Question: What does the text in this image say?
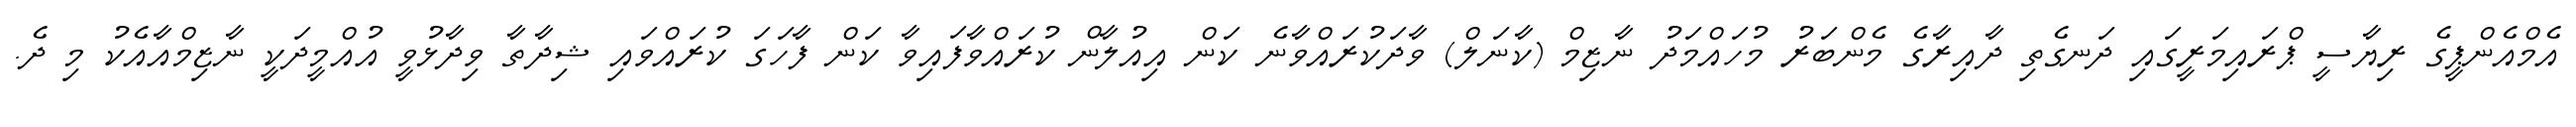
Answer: އެމްއެންޕީގެ ރިޔާސީ ޕްރައިމަރީގައި ދަނގެތި ދާއިރާގެ މެންބަރު މުހައްމަދު ނާޒިމް (ކާނަލް) ވާދަކުރައްވާނެ ކަން އިއުލާން ކުރައްވާފައިވާ ކަން ފާހަގަ ކުރައްވައި ޝިދާތާ ވިދާޅުވީ އުއްމީދަކީ ނާޒިމްއާއެކު މި ދެ.